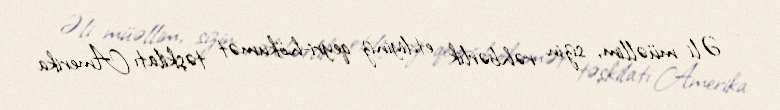
- Əli müəllim, sizin rəhbərlik etdiyiniz qeyri-hökumət təşkilatı Amerika